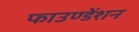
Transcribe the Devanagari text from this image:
फाउण्डेंशन